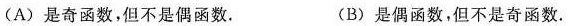
(A)是奇函数，但不是偶函数. (B)是偶函数，但不是奇函数.